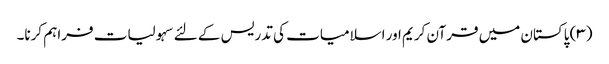
(۳) پاکستان میں قرآن کریم اور اسلامیات کی تدریس کے لئے سہولیات فراہم کرنا۔